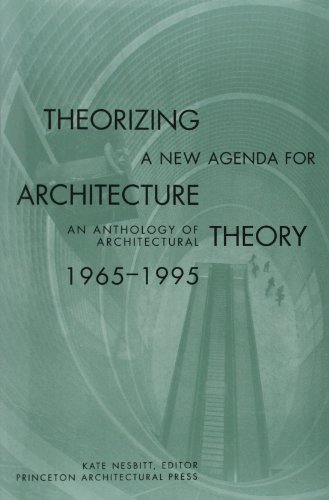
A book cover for Theorizing a New Agenda for Architecture:: An Anthology of Architectural Theory 1965 - 1995; Kate   ed. Nesbitt; Arts & Photography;